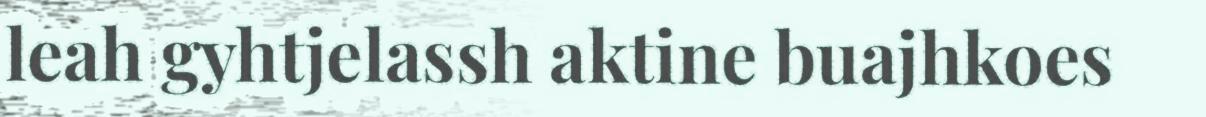
leah gyhtjelassh aktine buajhkoes